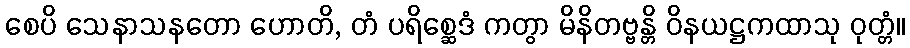
စေပိ သေနာသနတော ဟောတိ, တံ ပရိစ္ဆေဒံ ကတွာ မိနိတဗ္ဗန္တိ ဝိနယဋ္ဌကထာသု ဝုတ္တံ။